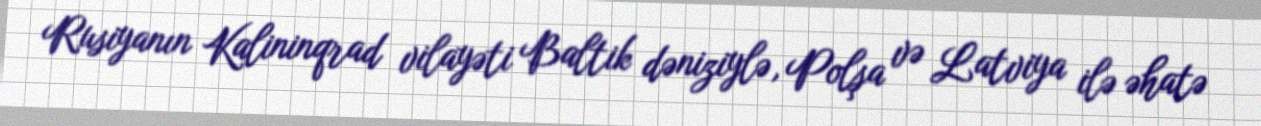
Rusiyanın Kalininqrad vilayəti Baltik dəniziylə, Polşa və Latviya ilə əhatə